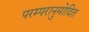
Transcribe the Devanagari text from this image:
परम्परानुमोदित